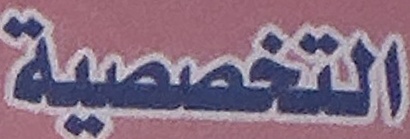
التخصصية